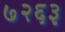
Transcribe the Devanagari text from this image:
७२६३